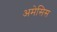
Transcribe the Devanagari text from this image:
अमेसिस